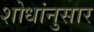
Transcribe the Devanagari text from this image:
शोधांनुसार